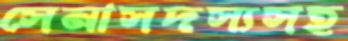
সেনাসদস্যসহ